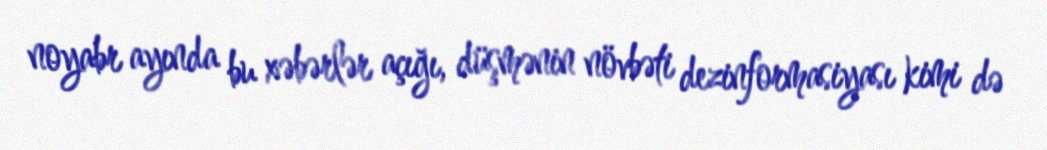
noyabr ayında bu xəbərlər açığı, düşmənin növbəti dezinformasiyası kimi də